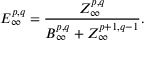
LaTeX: E _ { \infty } ^ { p , q } = { \frac { Z _ { \infty } ^ { p , q } } { B _ { \infty } ^ { p , q } + Z _ { \infty } ^ { p + 1 , q - 1 } } } .